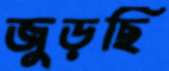
জুড়ছি